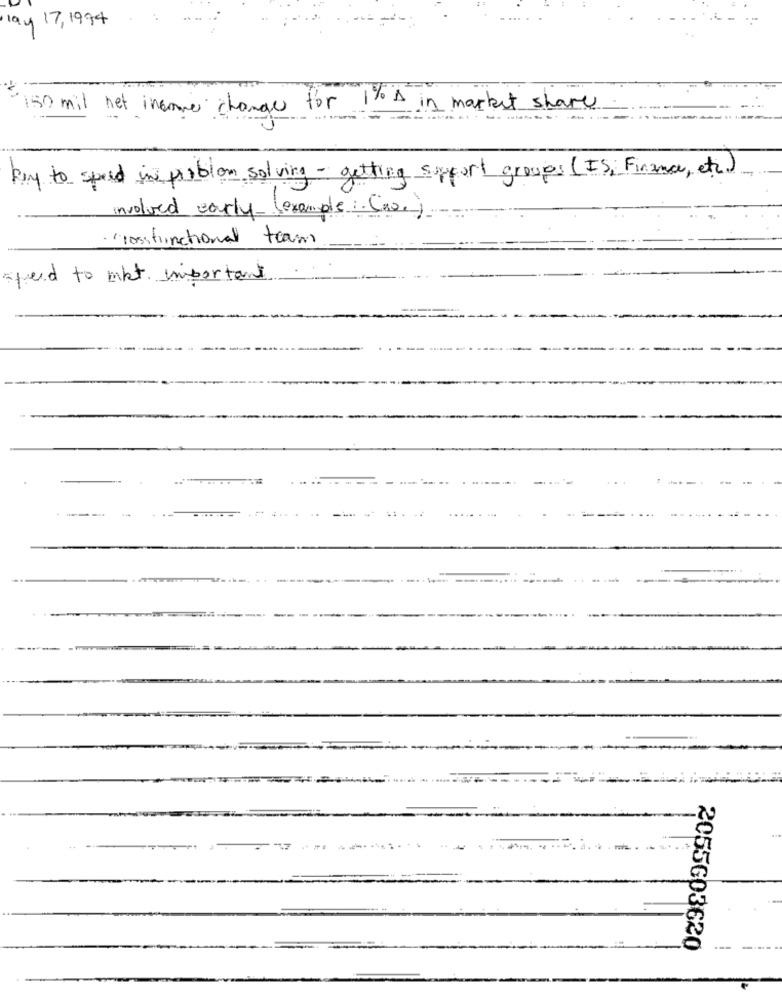
lay 17,1994
150 mil net income change for 1% s in market share
key to speed in problem solving - getting support groups (IS; Finance, etc )
involved early-(example: (0)
· rossfunctional team
speed to mkt important
2055603620